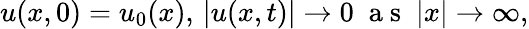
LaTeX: u(x,0)=u_{0}(x),\, |u(x,t)|\to 0\; \mathrm{~a~s~}\; |x|\to\infty,